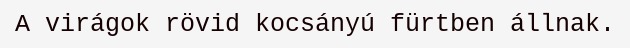
A virágok rövid kocsányú fürtben állnak.